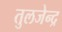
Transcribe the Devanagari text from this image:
तुलजेन्द्र